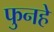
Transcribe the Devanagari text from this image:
फुनहे